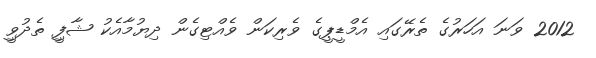
2012 ވަނަ އަހަރުގެ ތެރޭގައި އެމްޑީޕީގެ ވެރިކަން ވެއްޓިގެން ދިޔުމާއެކު ޝާފިީ ތެދުވިީ